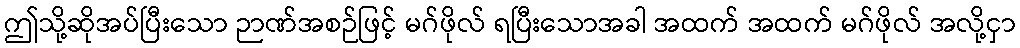
ဤသို့ဆိုအပ်ပြီးသော ဉာဏ်အစဉ်ဖြင့် မဂ်ဖိုလ် ရပြီးသောအခါ အထက် အထက် မဂ်ဖိုလ် အလို့ငှာ